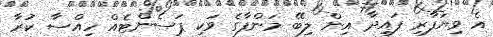
އެ ވިޔަފާރި ފައިދާ އިން ލިބޭ މަންފާގެ ވަކި ޕަސެންޓެއް ހިއްސާ ކުރާ